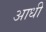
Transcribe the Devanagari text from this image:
अाधी